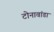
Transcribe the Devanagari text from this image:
टोनावांडा